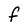
Character: f